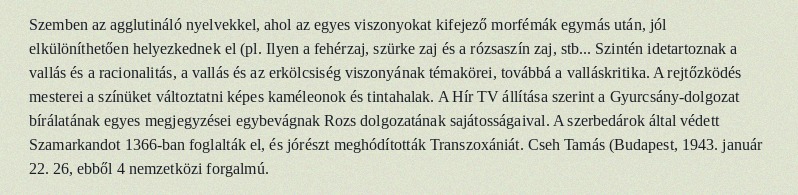
Szemben az agglutináló nyelvekkel, ahol az egyes viszonyokat kifejező morfémák egymás után, jól elkülöníthetően helyezkednek el (pl. Ilyen a fehérzaj, szürke zaj és a rózsaszín zaj, stb... Szintén idetartoznak a vallás és a racionalitás, a vallás és az erkölcsiség viszonyának témakörei, továbbá a valláskritika. A rejtőzködés mesterei a színüket változtatni képes kaméleonok és tintahalak. A Hír TV állítása szerint a Gyurcsány-dolgozat bírálatának egyes megjegyzései egybevágnak Rozs dolgozatának sajátosságaival. A szerbedárok által védett Szamarkandot 1366-ban foglalták el, és jórészt meghódították Transzoxániát. Cseh Tamás (Budapest, 1943. január 22. 26, ebből 4 nemzetközi forgalmú.